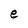
Character: e